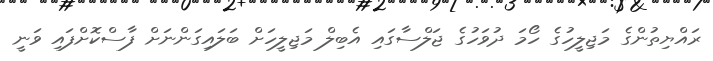
ރައްޔިތުންގެ މަޖިލީހުގެ ހޯމަ ދުވަހުގެ ޖަލްސާގައި އެބިލް މަޖިލީހަށް ބަލައިގަންނަށް ފާސްކޮށްފައި ވަނީ